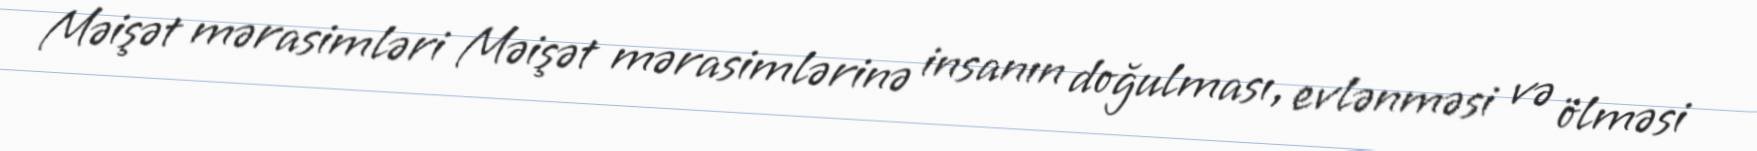
Məişət mərasimləri Məişət mərasimlərinə insanın doğulması, evlənməsi və ölməsi